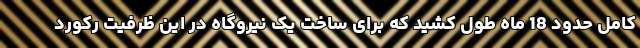
کامل حدود 18 ماه طول کشید که برای ساخت یک نیروگاه در این ظرفیت رکورد